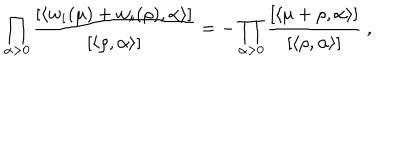
LaTeX: \prod _ { \alpha > 0 } \frac { [ \langle w _ { i } ( \mu ) + w _ { i } ( \rho ) , \alpha \rangle ] } { [ \langle \rho , \alpha \rangle ] } = - \prod _ { \alpha > 0 } \frac { [ \langle \mu + \rho , \alpha \rangle ] } { [ \langle \rho , \alpha \rangle ] } ~ ,